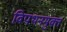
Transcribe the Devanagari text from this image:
विपथनमुक्त